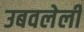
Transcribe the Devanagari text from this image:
उबवलेली